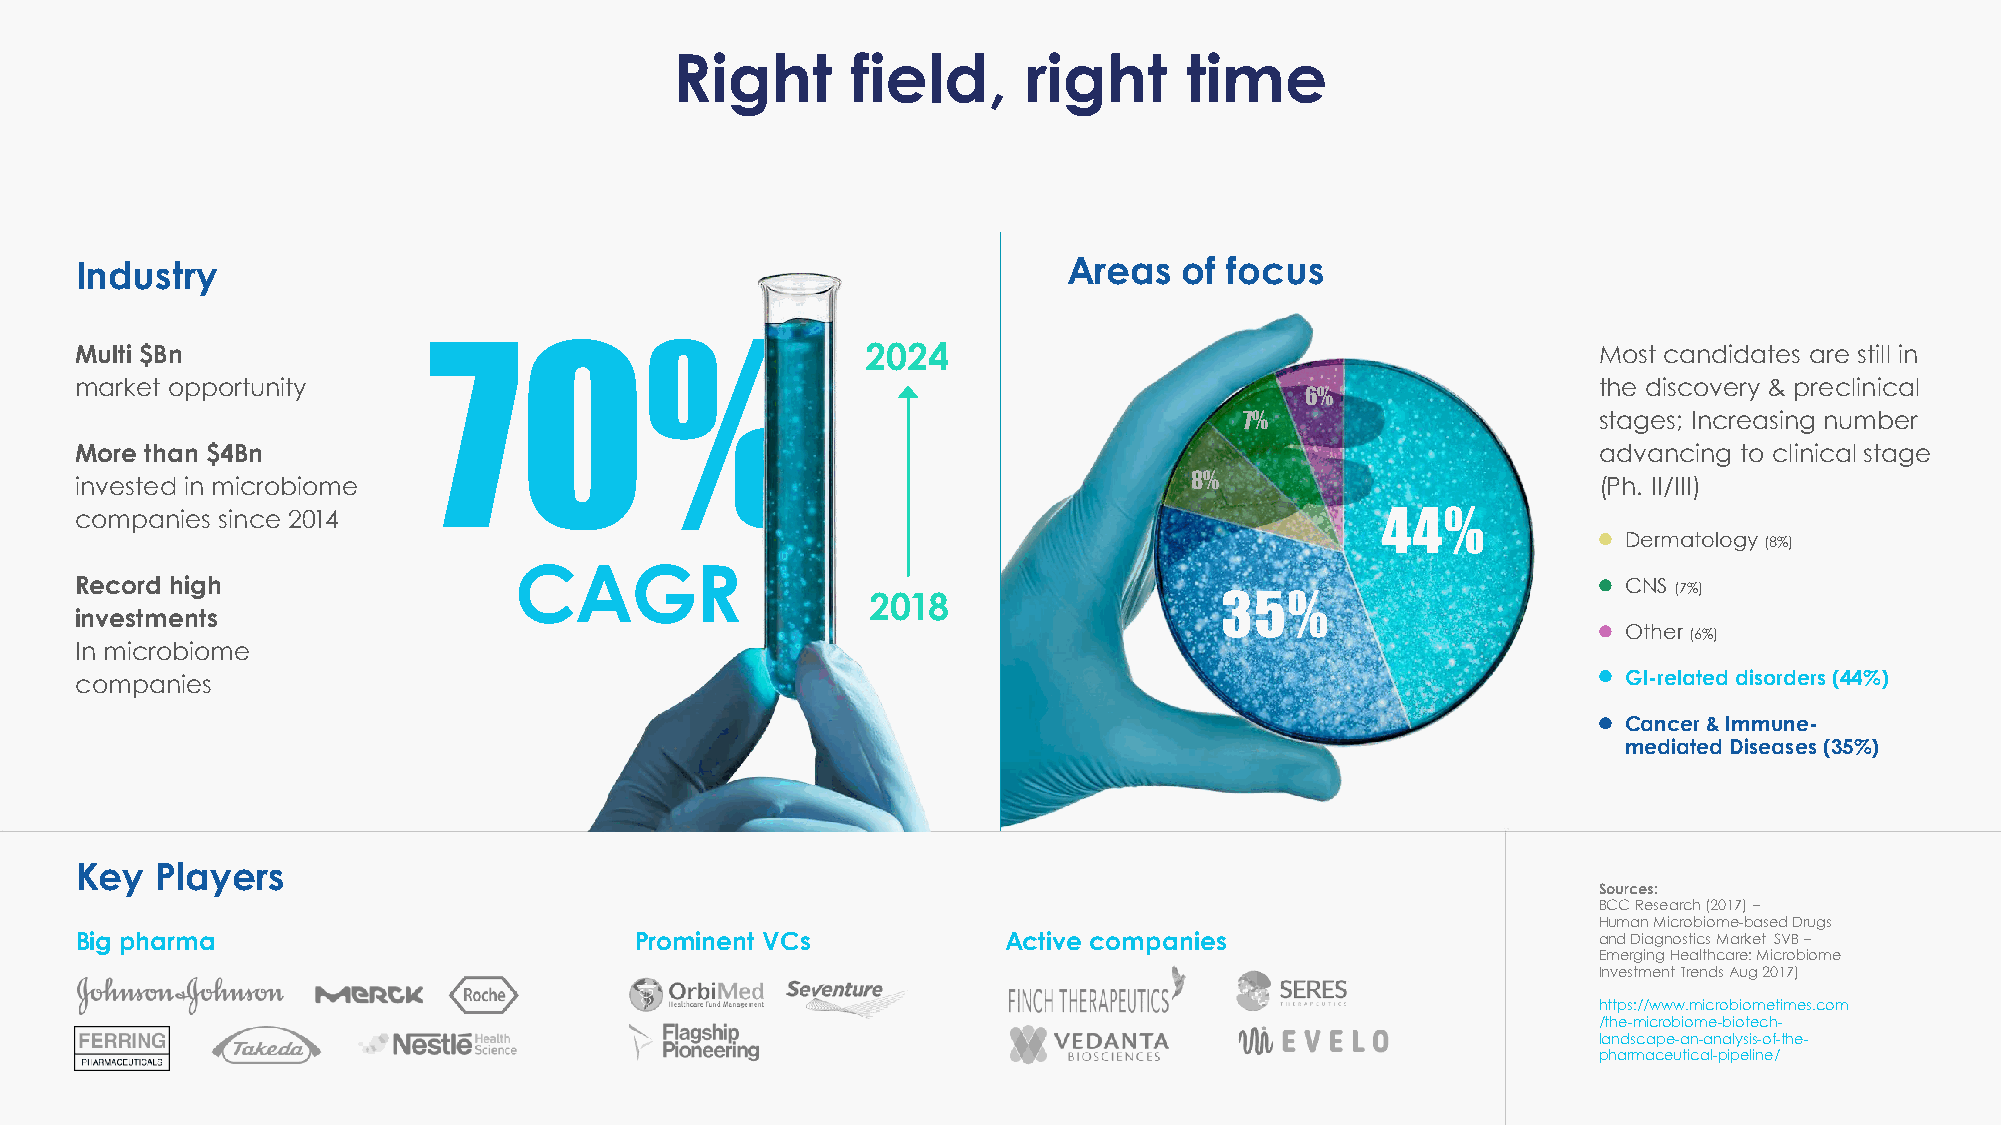
Right      field,      right     time
 Industry                                                          Areas  of focus
 70%
 Multi $Bn                                           2024                                             Most candidates are still in
 market opportunity                                                                                   the discovery & preclinical
 6%
 7%                      stages; Increasing number
 More than $4Bn                                                                                       advancing to clinical stage
 8%
 invested in microbiome                                                                               (Ph. II/III)
 44%
 companies since 2014
 Dermatology (8%)
 CAGR
 Record high                                         2018                    35%                        CNS (7%)
 investments
 Other (6%)
 In microbiome
 companies                                                                                              GI-related disorders (44%)
 Cancer & Immune-
 mediated Diseases (35%)
 Key  Players
 Sources:
 BCC Research (2017) –
 Human Microbiome-based Drugs
 Big pharma                           Prominent VCs            Active companies                       and Diagnostics Market SVB –
 Emerging Healthcare: Microbiome
 Investment Trends Aug 2017)
 https://www.microbiometimes.com
 /the-microbiome-biotech-
 landscape-an-analysis-of-the-
 pharmaceutical-pipeline/